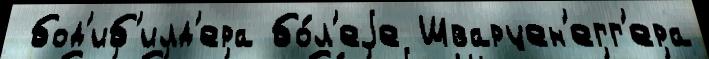
 бод'иб'илд'ера бо́л'еjе Шварцен'егг'ера